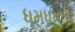
ધમધમતી